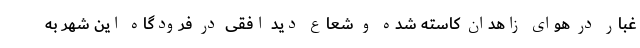
غبار در هوای زاهدان کاسته شده و شعاع دید افقی در فرودگاه این شهر به